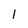
Character: 1